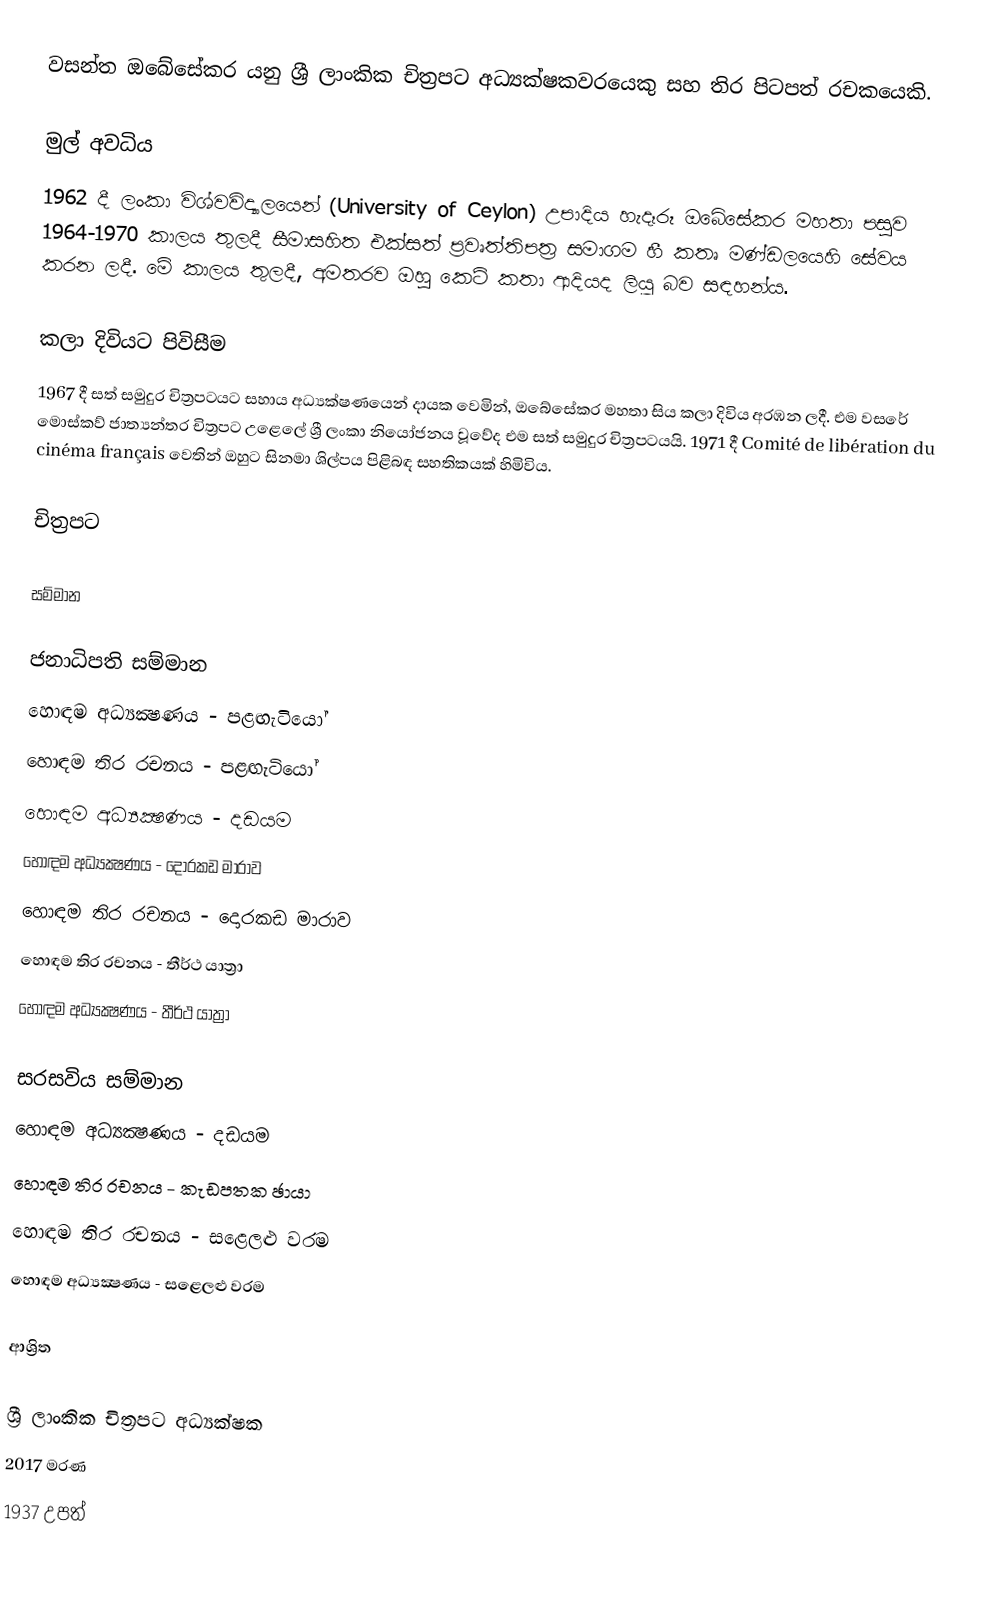
වසන්ත ඔබේසේකර යනු ශ්‍රී ලාංකික චිත්‍රපට අධ්‍යක්ෂකවරයෙකු සහ තිර පිටපත් රචකයෙකි.

මුල් අවධිය
1962 දී ලංකා විශ්වවිද්‍යාලයෙන් (University of Ceylon) උපාදිය හැදෑරූ ඔබේසේකර මහතා පසුව 1964-1970 කාලය තුලදී සීමාසහිත එක්සත් ප්‍රවෘත්තිපත්‍ර සමාගම හී කතෘ මණ්ඩලයෙහි සේවය කරන ලදී. මේ කාලය තුලදී, අමතරව ඔහු කෙටි කතා ආදියද ලියූ බව සඳහන්ය.

කලා දිවියට පිවිසීම
1967 දී සත් සමුදුර චිත්‍රපටයට සහාය අධ්‍යක්ෂණයෙන් දායක වෙමින්, ඔබේසේකර මහතා සිය කලා දිවිය අරඹන ලදී. එම වසරේ මොස්කව් ජාත්‍යන්තර චිත්‍රපට උළෙලේ ශ්‍රී ලංකා නියෝජනය වූවේද එම සත් සමුදුර චිත්‍රපටයයි. 1971 දී Comité de libération du cinéma français වෙතින් ඔහුට සිනමා ශිල්පය පිළිබඳ සහතිකයක් හිමිවිය.

චිත්‍රපට

සම්මාන

ජනාධිපති සම්මාන
හොඳම අධ්‍යක්‍ෂණය - පළඟැටියෝ
හොඳම තිර රචනය - පළඟැටියෝ
හොඳම අධ්‍යක්‍ෂණය - දඩයම
හොඳම අධ්‍යක්‍ෂණය - දොරකඩ මාරාව
හොඳම තිර රචනය - දොරකඩ මාරාව
හොඳම තිර රචනය - තීර්ථ යාත්‍රා
හොඳම අධ්‍යක්‍ෂණය - තීර්ථ යාත්‍රා

සරසවිය සම්මාන
හොඳම අධ්‍යක්‍ෂණය - දඩයම
හොඳම තිර රචනය - කැඩපතක ඡායා
හොඳම තිර රචනය - සළෙලළු වරම
හොඳම අධ්‍යක්‍ෂණය - සළෙලළු වරම

ආශ්‍රිත

ශ්‍රී ලාංකික චිත්‍රපට අධ්‍යක්ෂක
2017 මරණ
1937 උපත්